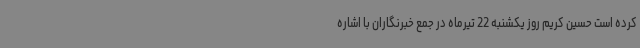
کرده است حسین کریم روز یکشنبه 22 تیرماه در جمع خبرنگاران با اشاره